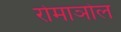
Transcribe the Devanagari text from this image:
रोमाञोल